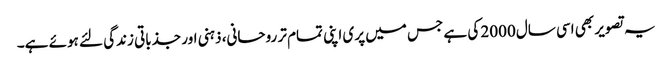
یہ تصویر بھی اسی سال 2000 کی ہے جس میں پری اپنی تمام تر روحانی، ذہنی اور جذباتی زندگی لئے ہوئے ہے۔